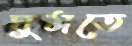
ঘুমতে